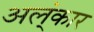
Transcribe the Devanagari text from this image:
अल्ंकार